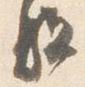
駈